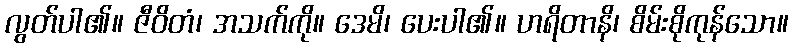
လွတ်ပါ၏။ ဇီဝိတံ၊ အသက်ကို။ ဒေမိ၊ ပေးပါ၏။ ဟရိတာနိ၊ စိမ်းစိုကုန်သော။